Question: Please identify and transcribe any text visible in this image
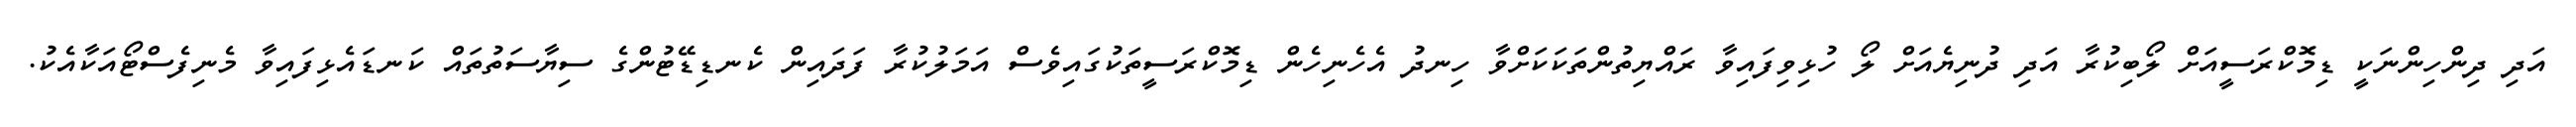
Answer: އަދި ދިންހިންނަކީ ޑިމޮކްރަސީއަށް ލޯބިކުރާ އަދި ދުނިޔެއަށް ލޯ ހުޅިވިފައިވާ ރައްޔިތުންތަކަކަށްވާ ހިނދު އެހެނިހެން ޑިމޮކްރަސީތަކުގައިވެސް އަމަލުކުރާ ފަދައިން ކެނޑިޑޭޓުންގެ ސިޔާސަތުތައް ކަނޑައެޅިފައިވާ މެނިފެސްޓޯއަކާއެކު.